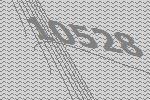
10528